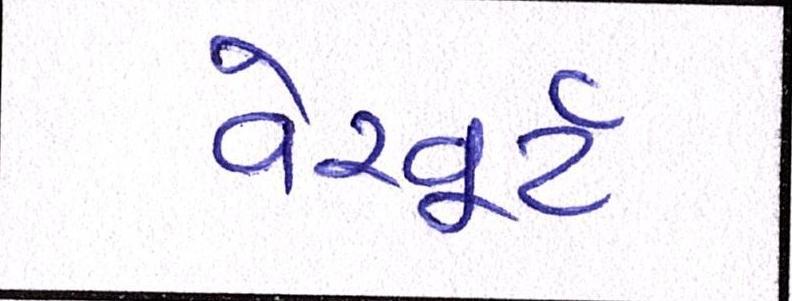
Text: વેરવૂર્ટ